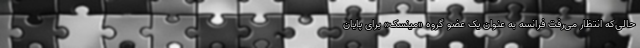
حالی‌که انتظار می‌رفت فرانسه به عنوان یک عضو گروه «مینسک» برای پایان